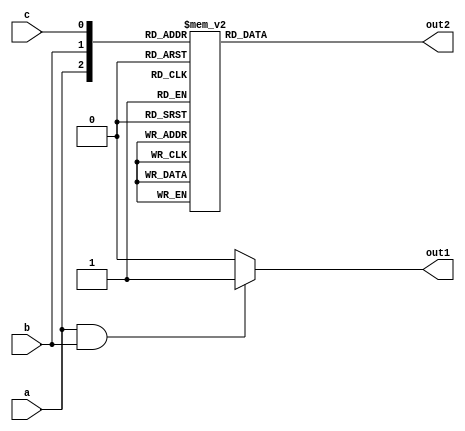
module combinational_logic (
    input wire a,          // Input signal a
    input wire b,          // Input signal b
    input wire c,          // Input signal c
    output reg out1,       // Output signal out1
    output reg out2        // Output signal out2
);

always @(*) begin
    // Logic description for out1
    if (a && b) begin
        out1 = 1'b1; // Set out1 high if both a and b are high
    end else begin
        out1 = 1'b0; // Otherwise set out1 low
    end

    // Logic description for out2
    case ({a, b, c}) // Concatenate a, b, and c to form a 3-bit input for the case statement
        3'b000: out2 = 1'b0; // All inputs low
        3'b001: out2 = 1'b1; // Only c is high
        3'b010: out2 = 1'b1; // Only b is high
        3'b011: out2 = 1'b0; // a and b high, c low
        3'b100: out2 = 1'b1; // Only a is high
        3'b101: out2 = 1'b0; // a and c high, b low
        3'b110: out2 = 1'b0; // a and b high, c low
        3'b111: out2 = 1'b1; // All inputs high
        default: out2 = 1'b0; // Default case
    endcase
end

endmodule